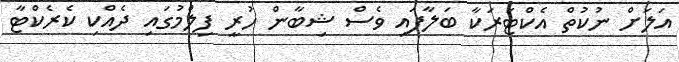
އަލަށް ނުކުތް އެކްޓަރަކާ ބަލާފައި ވެސް ޝިބާން ހުރީ ފިލްމުގައި ދެއްކި ކެރެކްޓާ